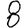
Digit: 8